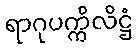
ရာဂုပက္ကိလိဋ္ဌံ